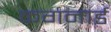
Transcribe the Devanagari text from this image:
कगनार्ड